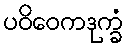
ပဝိဝေကဒုက္ခံ